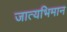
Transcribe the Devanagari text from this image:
जात्यभिमान